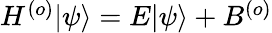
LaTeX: \begin{array}{r}{H^{(o)}|\psi\rangle=E|\psi\rangle+B^{(o)}}\end{array}